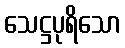
သေဋ္ဌပုရိသော